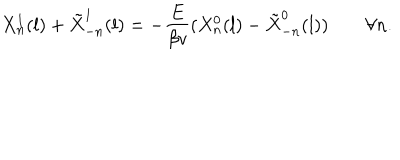
X _ { n } ^ { 1 } ( l ) + \tilde { X } _ { - n } ^ { 1 } ( l ) = - \frac { E } { \beta v } ( X _ { n } ^ { 0 } ( l ) - \tilde { X } _ { - n } ^ { 0 } ( l ) ) \quad \quad \forall n .